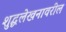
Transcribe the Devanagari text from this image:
शुद्धलेखनावरील